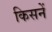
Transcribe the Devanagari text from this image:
किसनें